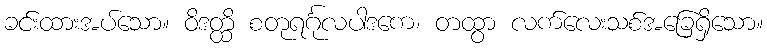
ခင်းထားအပ်သော။ ဝိဒတ္ထိ စတုရင်္ဂုလပါဒကေ၊ တထွာ လက်လေးသစ်အခြေရှိသော။